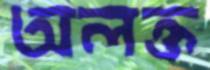
অলক্ত